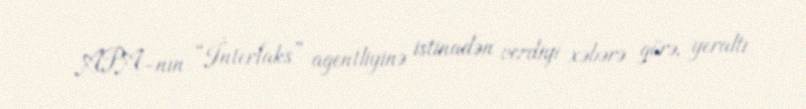
APA-nın “İnterfaks” agentliyinə istinadən verdiyi xəbərə görə, yeraltı